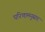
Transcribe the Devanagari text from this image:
परिणामनुसार